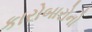
કારોબારોનો